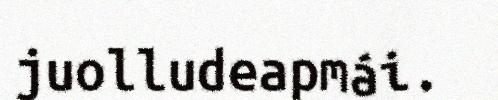
juolludeapmái.